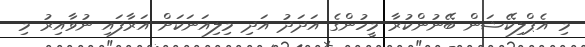
މި އެޕްލިކޭޝަން ބޭނުންކުރާ މީހުންގެ އަދަދު އަދި މިލިއަނަކަށް އަރާފައި ނުވާއިރު މި